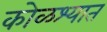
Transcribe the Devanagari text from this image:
कोळश्यात